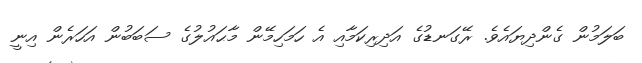
ބަލަމުން ގެންދިޔައެވެ. ރޭގަނޑުގެ އަދިރިކަމާއި އެ ހަމަހިމޭން މާޙައުލުގެ ސަބަބުން އަހަރެން އިނީ